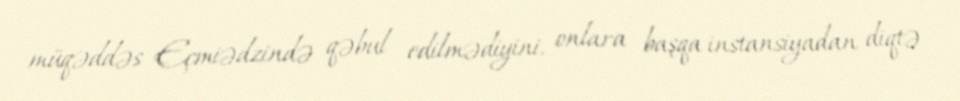
müqəddəs Eçmiədzində qəbul edilmədiyini, onlara başqa instansiyadan diqtə